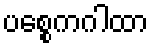
ပစ္စေကဂါထာ